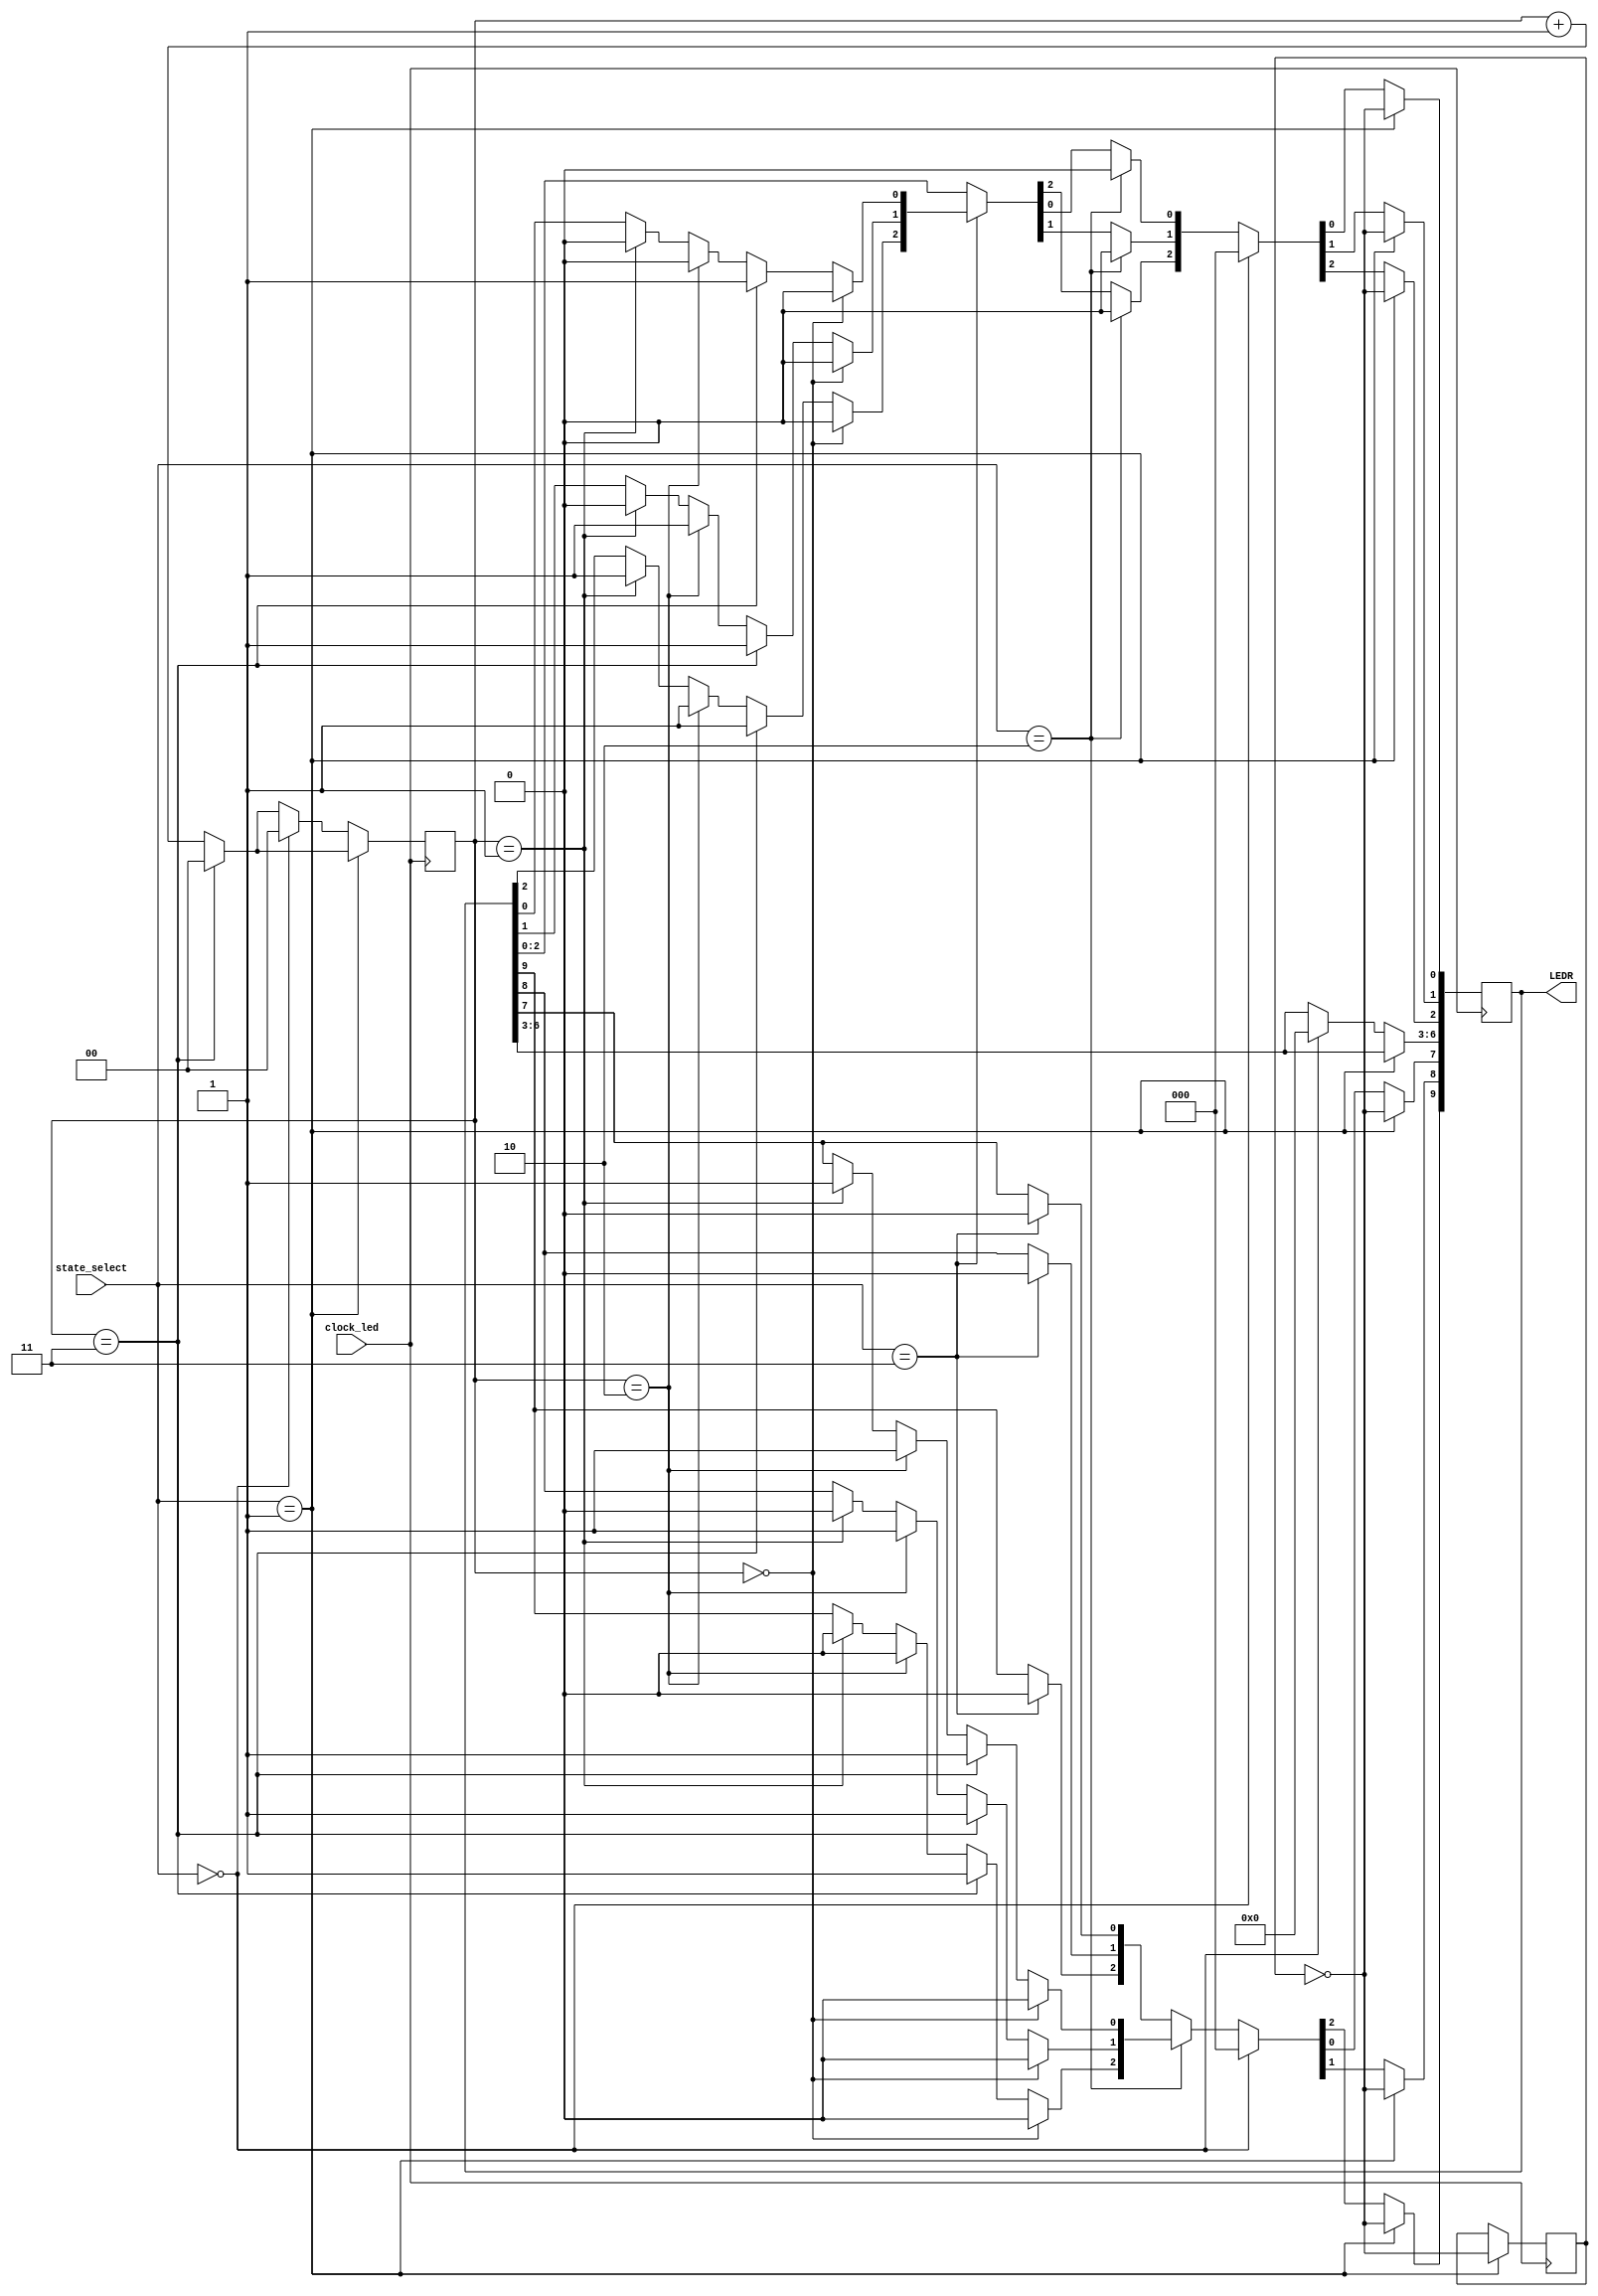
module state_exe(
    input clock_led,
    input[2:0] state_select,
    output reg [9:0] LEDR
);
reg [1:0] counter = 2'b00;
reg hazardToggle = 1'b0;

always@(posedge clock_led)
begin
    if(counter == 2'b11)
        counter <= 2'b0;
    else
        counter <= counter+1;	

    if(state_select == 3'b001) //Hazard
    begin
        hazardToggle = ~hazardToggle;
        LEDR[9] = hazardToggle;
		LEDR[8] = hazardToggle;
		LEDR[7] = hazardToggle;
		LEDR[2] = hazardToggle;
		LEDR[1] = hazardToggle;
		LEDR[0] = hazardToggle;
    end
    else if(state_select == 3'b000) //Idle
    begin
        counter <= 2'b00;
        LEDR[9:0] = 10'b0000000000;
    end
    else if(state_select == 3'b010) //Left
    begin
		LEDR[2] = 0;
        LEDR[1] = 0;
        LEDR[0] = 0;

	    if(counter == 2'b01) //Inner light
		begin			
            LEDR[7] = 1;
			LEDR[8] = 0;
			LEDR[9] = 0;
		end
        if(counter == 2'b10) //Middle light
		begin
            LEDR[7] = 1;
			LEDR[8] = 1;
			LEDR[9] = 0;
		end
        if(counter == 2'b11) //Outer light
		begin
            LEDR[7] = 1;
			LEDR[8] = 1;
			LEDR[9] = 1;
		end
        if(counter == 2'b00) //All lights off
        begin
			LEDR[7] = 0;
            LEDR[8] = 0;
            LEDR[9] = 0;
        end
    end
    else if(state_select == 3'b011) //Right
    begin
		LEDR[7] = 0;
        LEDR[8] = 0;
        LEDR[9] = 0;

		if(counter == 2'b01) //Inner light
		begin
            LEDR[2] = 1;
			LEDR[1] = 0;
			LEDR[0] = 0;
		end
        if(counter == 2'b10) //Middle light
		begin
            LEDR[2] = 1;
			LEDR[1] = 1;
			LEDR[0] = 0;
		end
        if(counter == 2'b11) //Outer light
		begin
            LEDR[2] = 1;
			LEDR[1] = 1;
			LEDR[0] = 1;
		end
        if(counter == 2'b00) //All lights off
        begin
            LEDR[2] = 0;
            LEDR[1] = 0;
            LEDR[0] = 0;
        end
    end   
end

endmodule